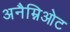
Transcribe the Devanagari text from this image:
अनैम्निओट